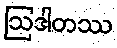
ဩဒါတဿ